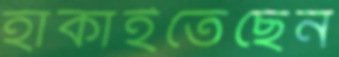
হাঁকাইতেছেন